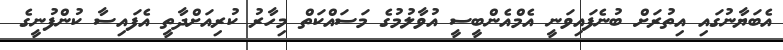
އެބަޔާނުގައި އިތުރަށް ބުނެފައިވަނީ އެމްއެންބީސީ އުވާލުމުގެ މަސައްކަތް މިހާރު ކުރިއަށްދާތީ އެފައިސާ ކުންފުނީގެ